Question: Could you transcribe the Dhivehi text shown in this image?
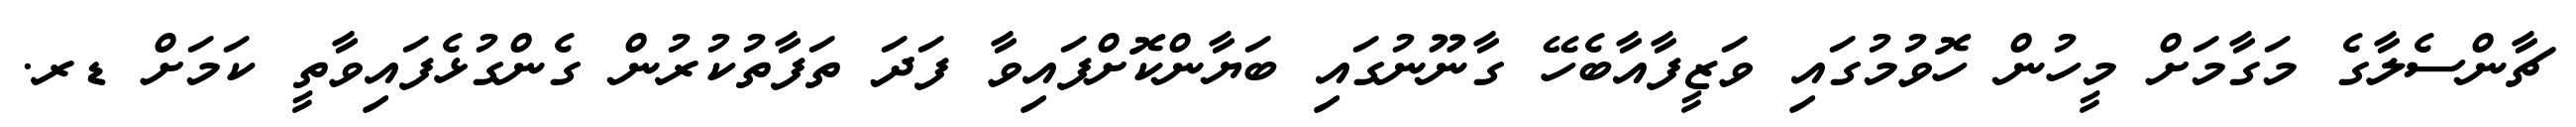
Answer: ޗާންސެލާގެ މަގާމަށް މީހުން ހޮވުމުގައި ވަޒީފާއާބެހޭ ގާނޫނުގައި ބަޔާންކޮށްފައިވާ ފަދަ ތަފާތުކުރުން ގެންގުޅެފައިވާތީ ކަމަށް ޑރ.